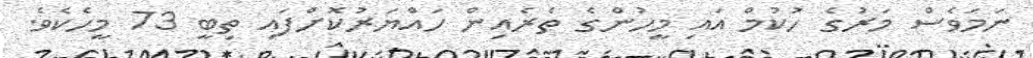
ނަމަވެސް މަރުގެ ހުކުމް އައި މީހުންގެ ތެރެއިން ހައްޔަރުކޮށްފައި ތިބީ 73 މީހެކެވެ.